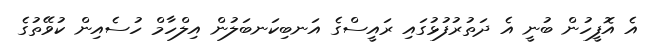
އެ އޮފީހުން ބުނީ އެ ދަތުރުފުޅުގައި ރައީސްގެ އަނބިކަނބަލުން އިލްހާމް ހުސެއިން ކުވޭތުގެ